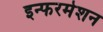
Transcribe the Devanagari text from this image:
इन्फरमेशन